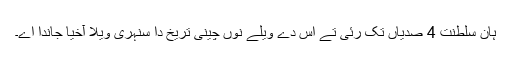
ہان سلطنت 4 صدیاں تک رئی تے اس دے ویلے نوں چینی تریخ دا سنہری ویلا آخیا جاندا اے۔